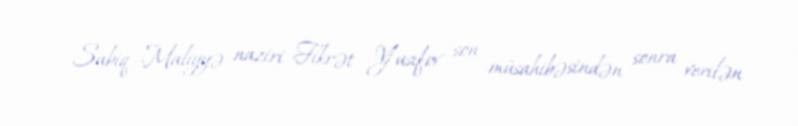
Sabiq Maliyyə naziri Fikrət Yusifov son müsahibəsindən sonra verilən